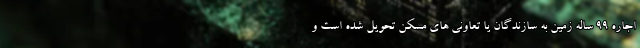
اجاره ۹۹ ساله زمین به سازندگان یا تعاونی های مسکن تحویل شده است و